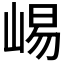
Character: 𫶁